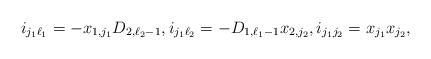
LaTeX: \begin{align*}i_{j_1 \ell_1}=-x_{1,j_1}D_{2,\ell_2-1}, i_{j_1 \ell_2}=-D_{1,\ell_1-1}x_{2,j_2}, i_{j_1 j_2}=x_{j_1}x_{j_2}, \end{align*}